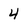
Character: 4